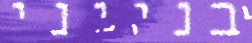
בנייני